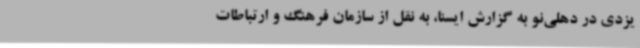
یزدی در دهلی‌نو به گزارش ایسنا، به نقل از سازمان فرهنگ و ارتباطات